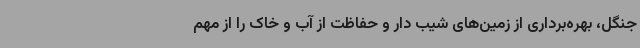
جنگل، بهره‌برداری از زمین‌های شیب دار و حفاظت از آب و خاک را از مهم